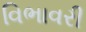
વિભાવરી